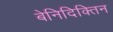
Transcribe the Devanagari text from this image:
बेनिदिक्तिन